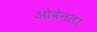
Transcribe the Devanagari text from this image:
ओवेनला